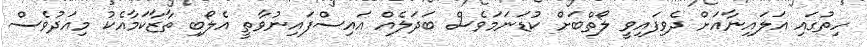
ހިތުގައި އަލައިނާއަށް ދެވިފައިވީ ލޯތްބަށް ކުޑަނަމަވެސް ބަދަލެއް އައިސްފައިނުވާތީ އެލޯބި ތާޒާކަމާއެކު މިއަދުވެސް